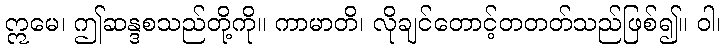
ဣမေ၊ ဤဆန္ဒစသည်တို့ကို။ ကာမာတိ၊ လိုချင်တောင့်တတတ်သည်ဖြစ်၍။ ဝါ၊